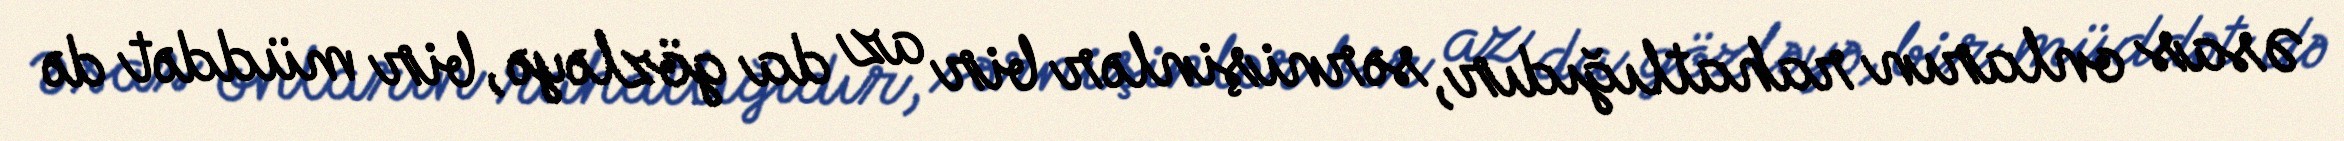
Əsas onların rahatlığıdır, sərnişinlər bir az da gözləyə, bir müddət də